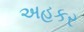
અહકર